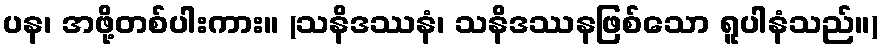
ပန၊ အဖို့တစ်ပါးကား။ (သနိဒဿနံ၊ သနိဒဿနဖြစ်သော ရူပါနံသည်။)